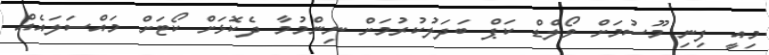
މިއީ ފިނި މޫސުމަށް ވޯލްޑް ކަޕް ބަދަލުކުުރުމަށް ނިންމުމާ ދެކޮޅަށް ކޯޓަށް މައްސަލައެއް